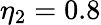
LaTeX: \eta_{2}=0.8